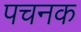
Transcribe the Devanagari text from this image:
पचनक